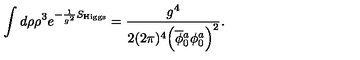
\int d \rho \rho ^ { 3 } e ^ { - \frac { 1 } { g ^ { 2 } } S _ { \mathrm { H i g g s } } } = \frac { g ^ { 4 } } { 2 ( 2 \pi ) ^ { 4 } \Big ( \overline { \phi } { } _ { 0 } ^ { a } \phi _ { 0 } ^ { a } \Big ) ^ { 2 } } .